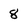
Character: 8